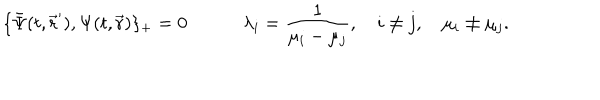
\{ \bar { \Psi } ( t , \vec { \bf r } ^ { \prime } ) , \Psi ( t , \vec { \bf r } ) \} _ { + } = 0 \quad \quad \quad \lambda _ { i } = \frac { 1 } { \mu _ { i } - \mu _ { j } } , \quad i \not = j , \quad \mu _ { i } \not = \mu _ { j } .